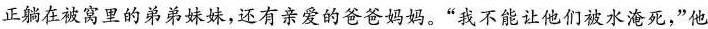
正躺在被窝里的弟弟妹妹，还有亲爱的爸爸妈妈。”我不能让他们被水淹死，”他